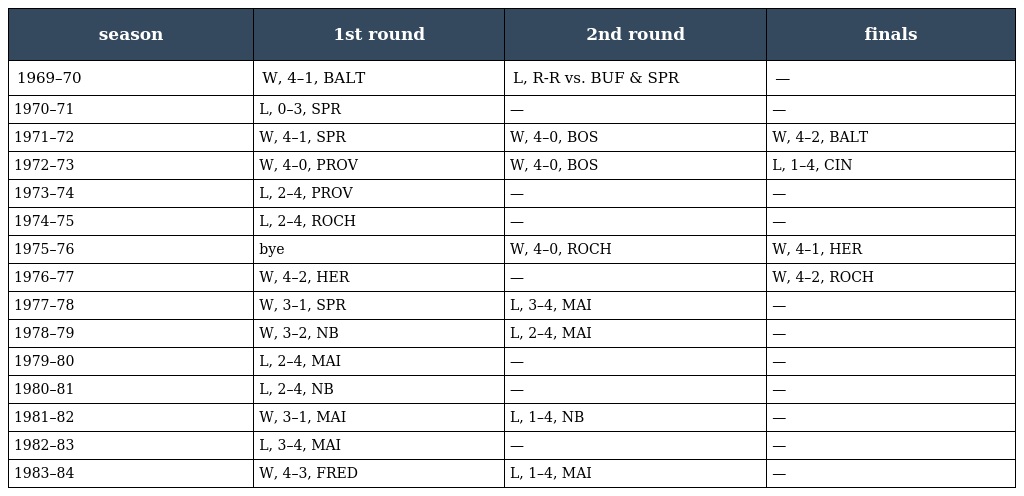
| season | 1st round | 2nd round | finals |
 | --- | --- | --- | --- |
 | 1969–70 | W, 4–1, BALT | L, R-R vs. BUF & SPR | — |
 | 1970–71 | L, 0–3, SPR | — | — |
 | 1971–72 | W, 4–1, SPR | W, 4–0, BOS | W, 4–2, BALT |
 | 1972–73 | W, 4–0, PROV | W, 4–0, BOS | L, 1–4, CIN |
 | 1973–74 | L, 2–4, PROV | — | — |
 | 1974–75 | L, 2–4, ROCH | — | — |
 | 1975–76 | bye | W, 4–0, ROCH | W, 4–1, HER |
 | 1976–77 | W, 4–2, HER | — | W, 4–2, ROCH |
 | 1977–78 | W, 3–1, SPR | L, 3–4, MAI | — |
 | 1978–79 | W, 3–2, NB | L, 2–4, MAI | — |
 | 1979–80 | L, 2–4, MAI | — | — |
 | 1980–81 | L, 2–4, NB | — | — |
 | 1981–82 | W, 3–1, MAI | L, 1–4, NB | — |
 | 1982–83 | L, 3–4, MAI | — | — |
 | 1983–84 | W, 4–3, FRED | L, 1–4, MAI | — |